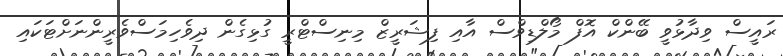
ރައީސް ވިދާޅުވީ ބޭންކް އޮފް މޯލްޑިވްސް އާއި ފިޝަރީޒް މިނިސްޓްރީ ގުޅިގެން ދިވެހިމަސްވެރީންނަށްޓަކައި